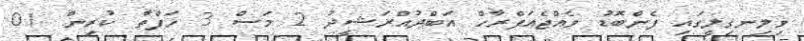
ވިލިނގިލީގައި ފެންބޮޑު ވެއްޖެއަފްރާހް އަބްދުއްްރަޝީދު 2 މަސް 3 ހަފްތާ ކުރިން. 01